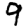
Digit: 9